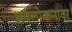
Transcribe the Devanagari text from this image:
अवलोकनावर